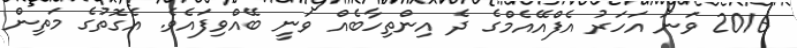
2016 ވަނަ އަހަރު އެފްއޭއެމްގެ ދެ އިންތިހާބެއް ވަނީ ބޭއްވިފައެވެ. އެގޮތުގެ މަތިން